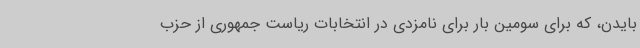
بایدن، که برای سومین بار برای نامزدی در انتخابات ریاست جمهوری از حزب